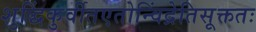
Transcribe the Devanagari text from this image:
शुद्धिंकुर्वीतएतोन्विंद्रेतिसूक्ततः